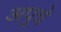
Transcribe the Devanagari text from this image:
अपूचे